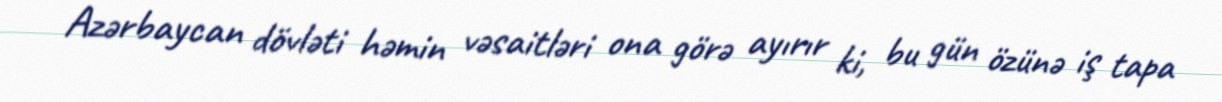
Azərbaycan dövləti həmin vəsaitləri ona görə ayırır ki, bu gün özünə iş tapa